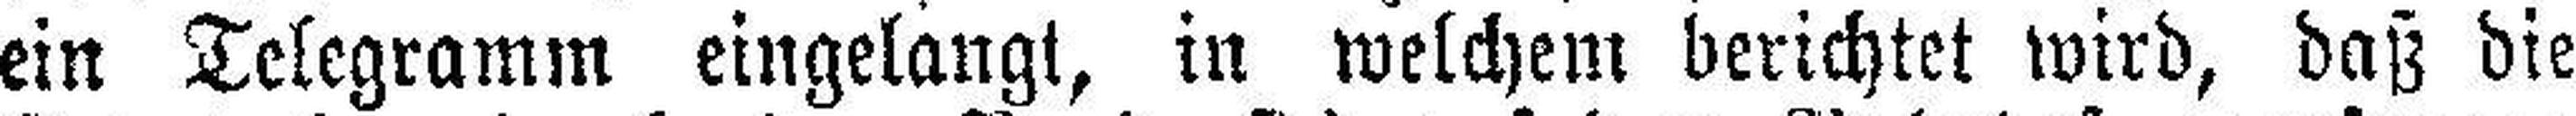
ein Telegramm eingelangt, in welchem berichtet wird, daß die